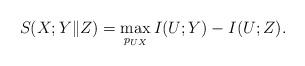
LaTeX: \begin{align*} S_{}(X;Y\|Z)=\max_{p_{UX}}I(U;Y)-I(U;Z). \end{align*}